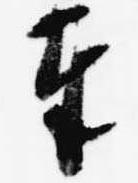
奉